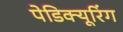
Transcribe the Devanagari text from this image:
पेडिक्यूरिंग